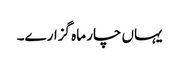
یہاں چار ماہ گزارے۔